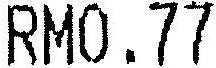
RM0.77